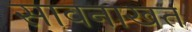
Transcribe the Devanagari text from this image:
सावनाखत